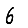
Digit: 6